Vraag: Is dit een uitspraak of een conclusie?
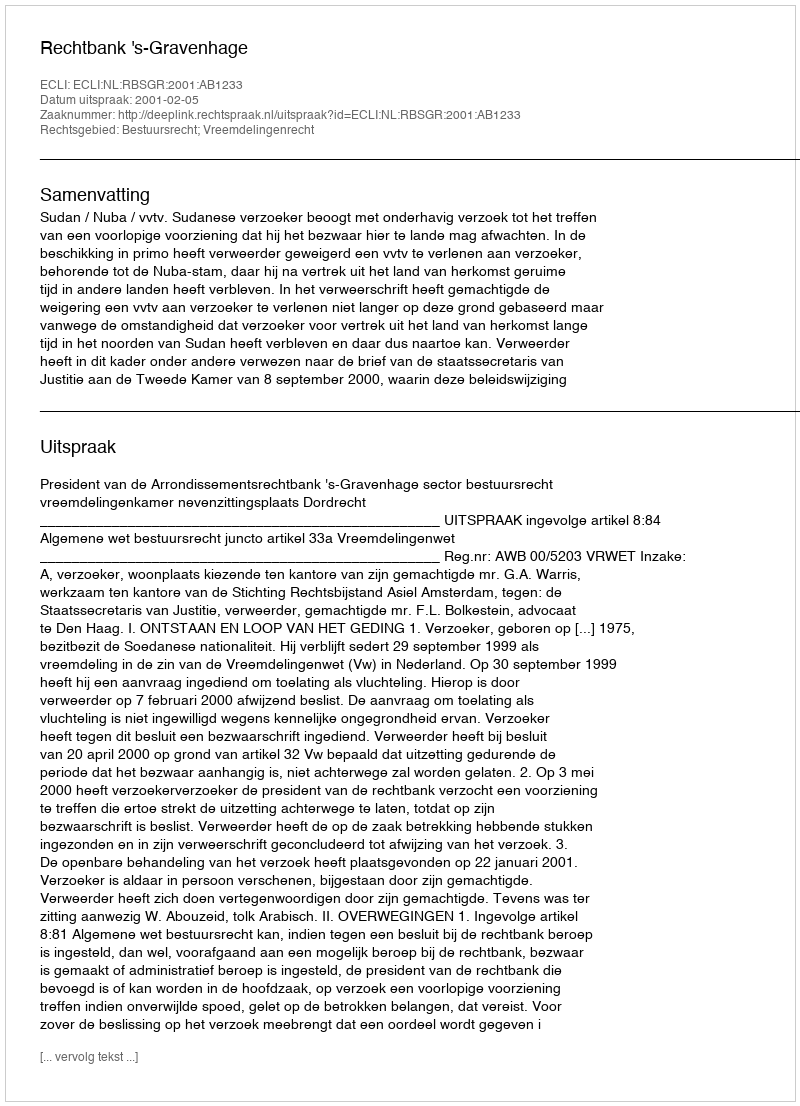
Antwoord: Uitspraak